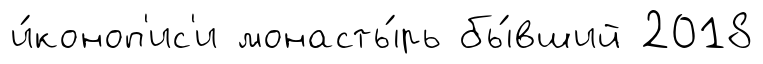
и́коноп'ис'и монасты́рь бы́вший 2018